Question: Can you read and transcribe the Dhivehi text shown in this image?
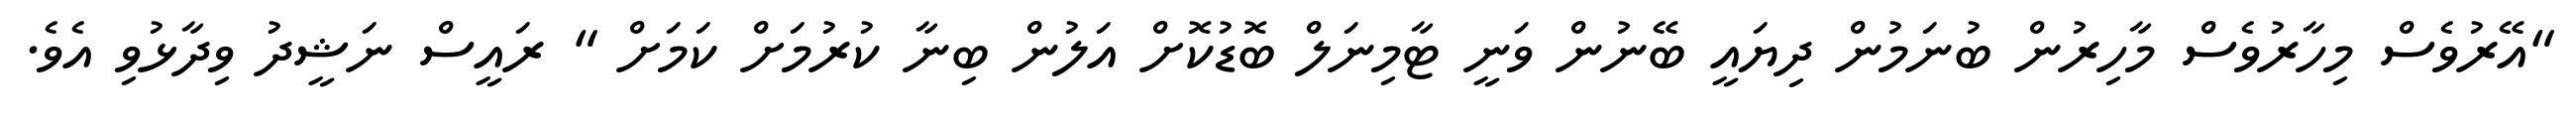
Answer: "އޭރުވެސް މިހާރުވެސް މާހިރުން ބުނަމުން ދިޔައީ ބޭނުން ވަނީ ޓާމިނަލް ބޮޑުކޮށް އަލުން ބިނާ ކުރުމަށް ކަމަށް " ރައީސް ނަޝީދު ވިދާޅުވި އެވެ.